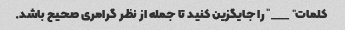
کلمات "___" را جایگزین کنید تا جمله از نظر گرامری صحیح باشد.